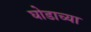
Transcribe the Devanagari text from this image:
घोडाच्या